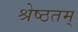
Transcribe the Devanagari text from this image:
श्रेष्ठतम्